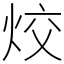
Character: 烄